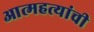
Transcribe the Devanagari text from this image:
आत्महत्यांची